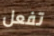
تفعل